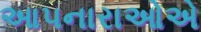
આપનારાઓએ